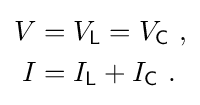
{\begin{aligned}V&=V_{\mathsf {L}}=V_{\mathsf {C}}\ ,\\I&=I_{\mathsf {L}}+I_{\mathsf {C}}~.\end{aligned}}